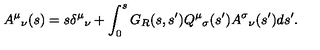
A ^ { \mu } { } _ { \nu } ( s ) = s \delta ^ { \mu } { } _ { \nu } + \int _ { 0 } ^ { s } G _ { R } ( s , s ^ { \prime } ) Q ^ { \mu } { } _ { \sigma } ( s ^ { \prime } ) A ^ { \sigma } { } _ { \nu } ( s ^ { \prime } ) d s ^ { \prime } .